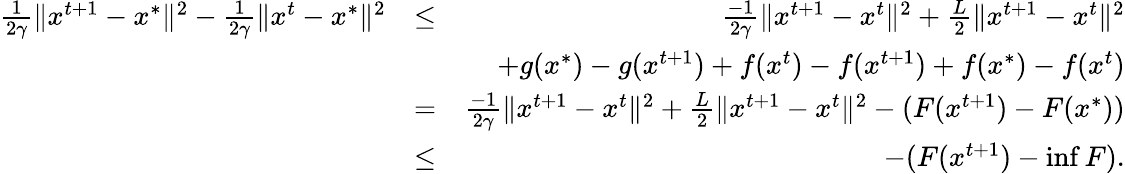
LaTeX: \begin{array}{rlr}{\frac{1}{2\gamma}\Vert x^{t+1}-x^{*}\Vert^{2}-\frac{1}{2\gamma}\Vert x^{t}-x^{*}\Vert^{2}}&{\leq}&{\frac{-1}{2\gamma}\Vert x^{t+1}-x^{t}\Vert^{2}+\frac{L}{2}\Vert x^{t+1}-x^{t}\Vert^{2}}\\ &{}&{\quad+g(x^{*})-g(x^{t+1})+f(x^{t})-f(x^{t+1})+f(x^{*})-f(x^{t})}\\ &{=}&{\frac{-1}{2\gamma}\Vert x^{t+1}-x^{t}\Vert^{2}+\frac{L}{2}\Vert x^{t+1}-x^{t}\Vert^{2}-(F(x^{t+1})-F(x^{*}))}\\ &{\leq}&{-(F(x^{t+1})-\operatorname*{inf}F).}\end{array}